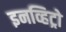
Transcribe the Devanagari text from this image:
इनव्हिट्रो